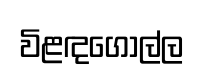
විළඳගොල්ල